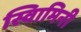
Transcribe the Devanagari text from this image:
स्वािमिनी